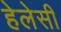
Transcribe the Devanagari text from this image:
हेलेसी